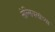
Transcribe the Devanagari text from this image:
सेल्सियसांच्या